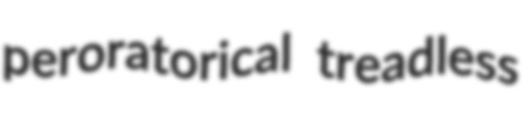
peroratorical treadless